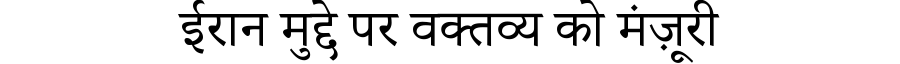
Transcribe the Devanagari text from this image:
ईरान मुद्दे पर वक्तव्य को मंज़ूरी